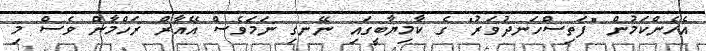
އެހެންކަމުން "ފަތިސްހަނދުވަރު" ގެ ކާމިޔާބީގައި ނޭނގި ނަމަވެސް އޭއާރް ރަހްމާން ވެސް މި